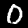
Digit: 0